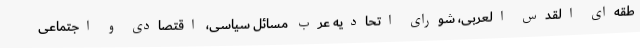
طقه‌ای القدس العربی، شورای اتحادیه عرب مسائل سیاسی، اقتصادی و اجتماعی